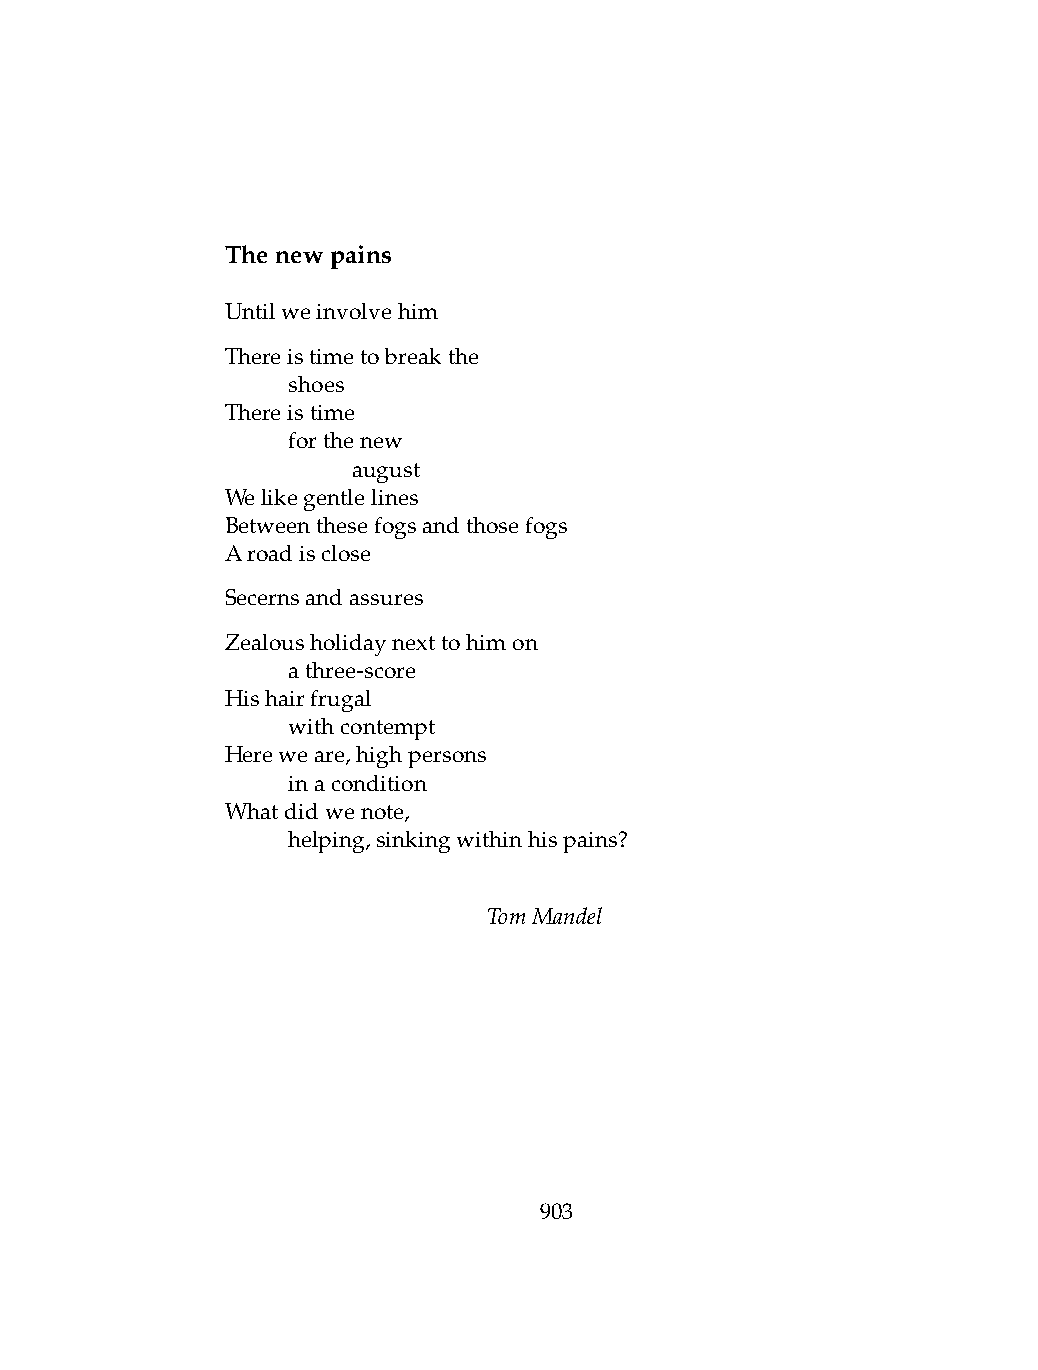
Thenewpains
 Untilweinvolvehim
 Thereistimetobreakthe
 .   shoes
 Thereistime
 .   forthenew
 .   .   august
 Welikegentlelines
 Betweenthesefogsandthosefogs
 Aroadisclose
 Secernsandassures
 Zealousholidaynexttohimon
 .   athree-score
 Hishairfrugal
 .   withcontempt
 Hereweare,highpersons
 .   inacondition
 Whatdidwenote,
 .   helping,sinkingwithinhispains?
 TomMandel
 903